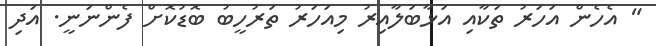
" އެހެން އަހަރު ތަކާއި އަޅާބަލާއިރު މިއަހަރު ތަރުހީބު ބޮޑުކޮށް ފެންނަނީ. އަދި